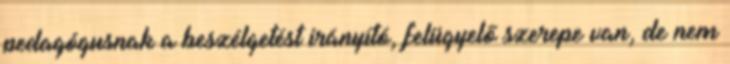
pedagógusnak a beszélgetést irányító, felügyelő szerepe van, de nem